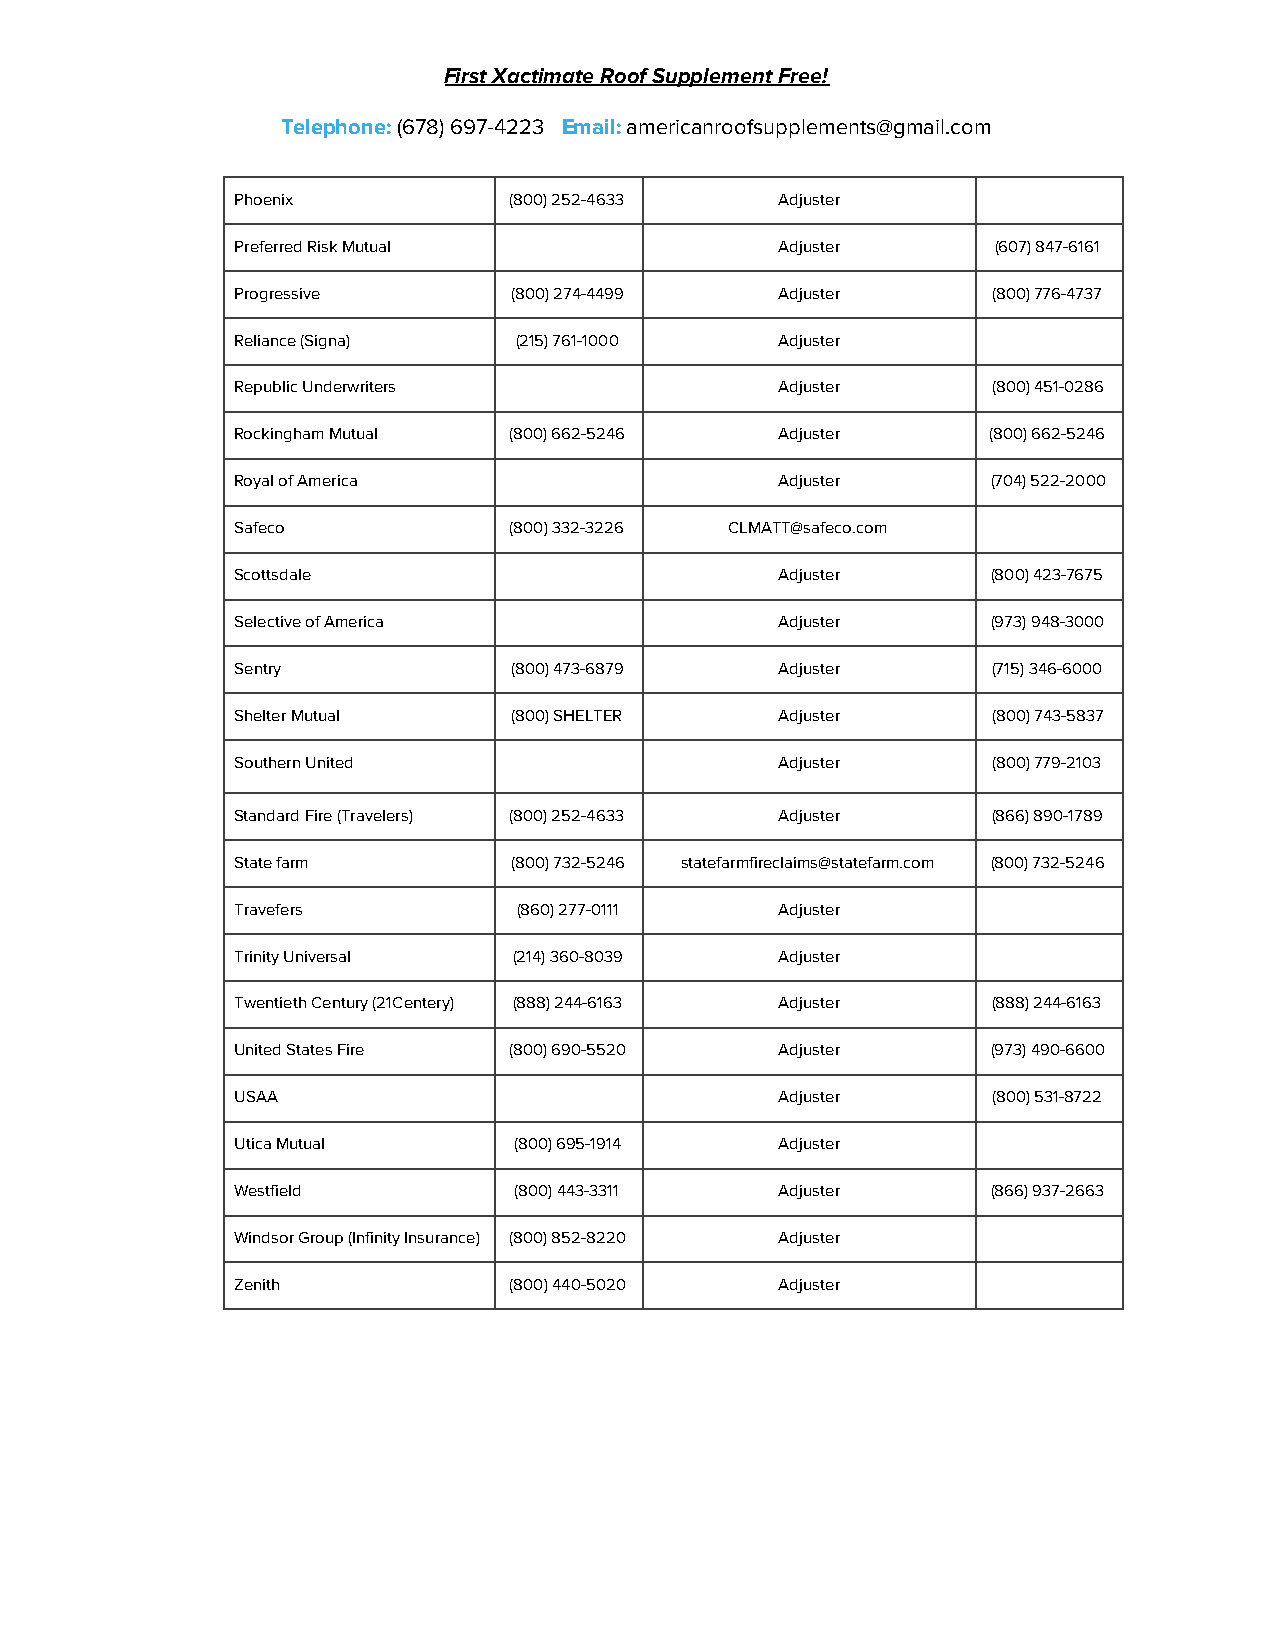
First Xactimate Roof Supplement Free!
 Telephone: (678) 697-4223 Email: americanroofsupplements@gmail.com
 ​          ​   ​
 Phoenix           (800) 252-4633    Adjuster
 Preferred Risk Mutual               Adjuster      (607) 847-6161
 Progressive       (800) 274-4499    Adjuster      (800) 776-4737
 Reliance (Signa)  (215) 761-1000    Adjuster
 Republic Underwriters               Adjuster      (800) 451-0286
 Rockingham Mutual (800) 662-5246    Adjuster     (800) 662-5246
 Royal of America                    Adjuster      (704) 522-2000
 Safeco            (800) 332-3226 CLMATT@safeco.com
 Scottsdale                          Adjuster      (800) 423-7675
 Selective of America                Adjuster      (973) 948-3000
 Sentry            (800) 473-6879    Adjuster      (715) 346-6000
 Shelter Mutual    (800) SHELTER     Adjuster      (800) 743-5837
 Southern United                     Adjuster      (800) 779-2103
 Standard Fire (Travelers) (800) 252-4633 Adjuster (866) 890-1789
 State farm        (800) 732-5246 statefarmfireclaims@statefarm.com (800) 732-5246
 Travefers         (860) 277-0111    Adjuster
 Trinity Universal (214) 360-8039    Adjuster
 Twentieth Century (21Centery) (888) 244-6163 Adjuster (888) 244-6163
 United States Fire (800) 690-5520   Adjuster      (973) 490-6600
 USAA                                Adjuster      (800) 531-8722
 Utica Mutual      (800) 695-1914    Adjuster
 Westfield         (800) 443-3311    Adjuster      (866) 937-2663
 Windsor Group (Infinity Insurance) (800) 852-8220 Adjuster
 Zenith            (800) 440-5020    Adjuster